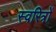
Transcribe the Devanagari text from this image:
स्वरित्रों